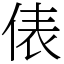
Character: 俵